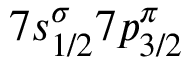
7 s _ { 1 / 2 } ^ { \sigma } 7 p _ { 3 / 2 } ^ { \pi }